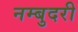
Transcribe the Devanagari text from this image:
नम्बुदरी